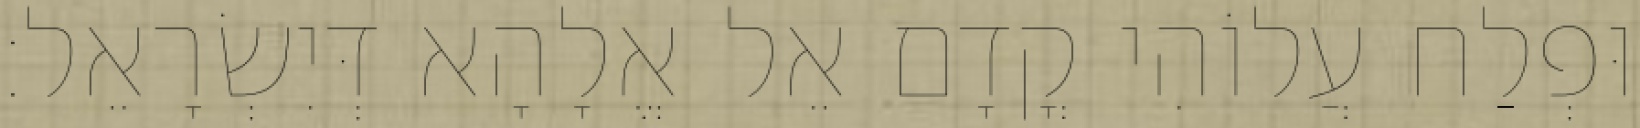
וּפְלַח עֲלוֹהִי קֳדָם אֵל אֱלָהָא דְּיִשְׂרָאֵל׃